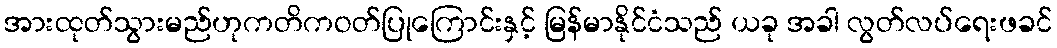
အားထုတ်သွားမည်ဟုကတိကဝတ်ပြုကြောင်းနှင့် မြန်မာနိုင်ငံသည် ယခု အခါ လွတ်လပ်ရေးဖခင်